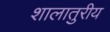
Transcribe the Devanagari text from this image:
शालातुरीय